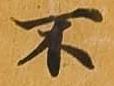
不